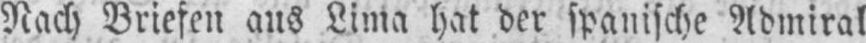
Nach Briefen aus Lima hat der spanische Admiral